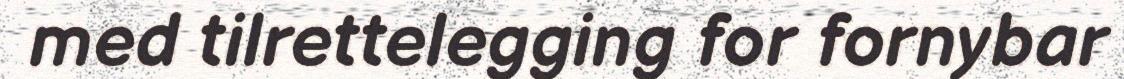
med tilrettelegging for fornybar